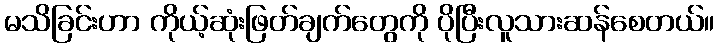
မသိခြင်းဟာ ကိုယ့်ဆုံးဖြတ်ချက်တွေကို ပိုပြီးလူသားဆန်စေတယ်။